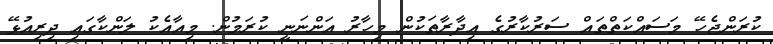
ކުރަންޖެހޭ މަސައްކަތްތައް ސަރުކާރުގެ އިދާރާތަކުން މިހާރު އަންނަނީ ކުރަމުން. މިއާއެކު ލަންކާގައި ދިރިއުޅޭ